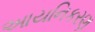
આયનિકરણ